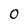
Character: 0